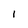
Character: 1